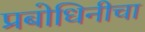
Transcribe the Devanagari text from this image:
प्रबोधिनीचा